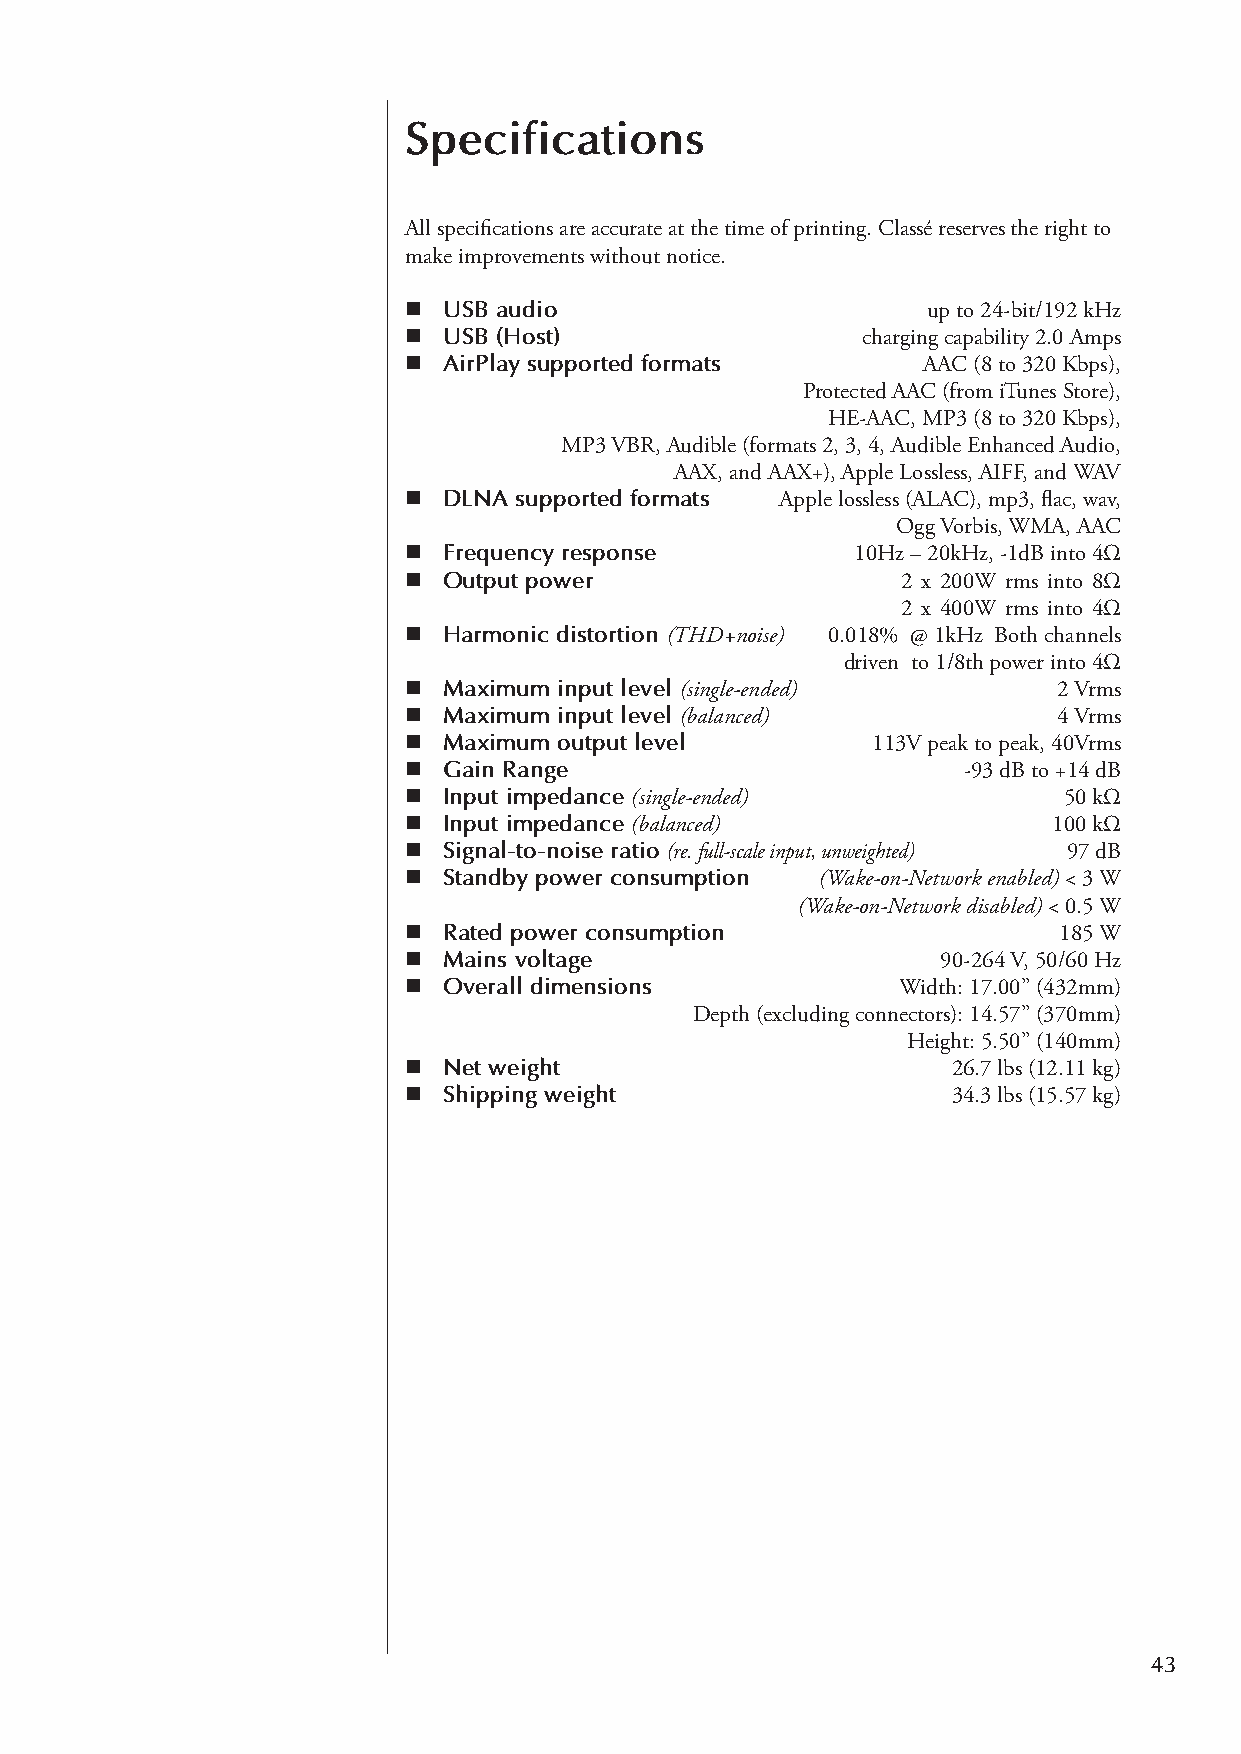
Specifications
 All specifications are accurate at the time of printing. Classé reserves the right to
 make improvements without notice.
 n USB audio                       up to 24-bit/192 kHz
 n USB (Host)                  charging capability 2.0 Amps
 n AirPlay supported formats       AAC (8 to 320 Kbps),
 Protected AAC (from iTunes Store),
 HE-AAC, MP3 (8 to 320 Kbps),
 MP3 VBR, Audible (formats 2, 3, 4, Audible Enhanced Audio,
 AAX, and AAX+), Apple Lossless, AIFF, and WAV
 n DLNA supported formats Apple lossless (ALAC), mp3, flac, wav,
 Ogg Vorbis, WMA, AAC
 n Frequency response          10Hz – 20kHz, -1dB into 4Ω
 n Output power                   2 x 200W rms into 8Ω
 2 x 400W rms into 4Ω
 n Harmonic distortion (THD+noise) 0.018% @ 1kHz Both channels
 driven to 1/8th power into 4Ω
 n Maximum input level (single-ended)       2 Vrms
 n Maximum input level (balanced)           4 Vrms
 n Maximum output level         113V peak to peak, 40Vrms
 n Gain Range                         -93 dB to +14 dB
 n Input impedance (single-ended)           50 kΩ
 n Input impedance (balanced)               100 kΩ
 n Signal-to-noise ratio (re. full-scale input, unweighted) 97 dB
 n Standby power consumption (Wake-on-Network enabled) < 3 W
 (Wake-on-Network disabled) < 0.5 W
 n Rated power consumption                  185 W
 n Mains voltage                    90-264 V, 50/60 Hz
 n Overall dimensions             Width: 17.00” (432mm)
 Depth (excluding connectors): 14.57” (370mm)
 Height: 5.50” (140mm)
 n Net weight                        26.7 lbs (12.11 kg)
 n Shipping weight                   34.3 lbs (15.57 kg)
 43